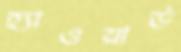
হ্যাওয়ার্ড